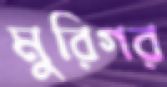
মুরিগর